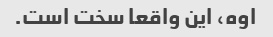
اوه، این واقعا سخت است.